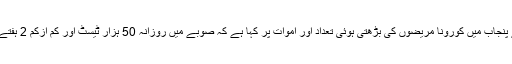
عالمی ادارہ صحت (ڈبلیو ایچ او) نے پنجاب میں کورونا مریضوں کی بڑھتی ہوئی تعداد اور اموات پر کہا ہے کہ صوبے میں روزانہ 50 ہزار ٹیسٹ اور کم ازکم 2 ہفتے مکمل لاک ڈاؤن کی ضرورت ہے۔